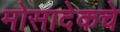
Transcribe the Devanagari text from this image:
मोसादेकचे